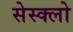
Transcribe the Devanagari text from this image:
सेस्क्लो